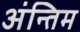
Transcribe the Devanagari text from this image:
अंन्‍तिम